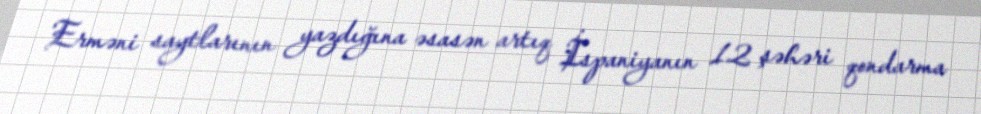
Erməni saytlarının yazdığına əsasən artıq İspaniyanın 12 şəhəri qondarma